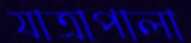
যাত্রাপালা